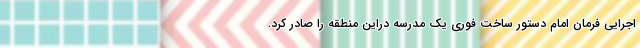
اجرایی فرمان امام دستور ساخت فوری یک مدرسه دراین منطقه را صادر کرد.